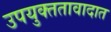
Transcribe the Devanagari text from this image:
उपयुक्ततावादात